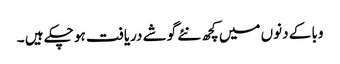
وبا کے دنوں میں کچھ نئے گوشے دریافت ہو چکے ہیں ۔